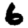
Digit: 6